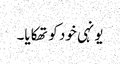
یونہی خود کو تھکایا۔